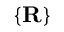
\{ { \bf R } \}